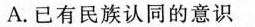
A.已有民族认同的意识